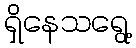
ရှိနေသရွေ့